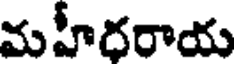
మహీరరాయ